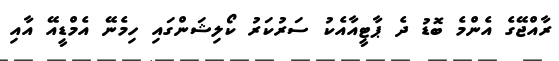
ރާއްޖޭގެ އެންމެ ބޮޑު ދެ ޕާޓީއާއެކު ސަރުކަރު ކޯލިޝަންގައި ހިމެނޭ އެމްޑީއޭ އާއި